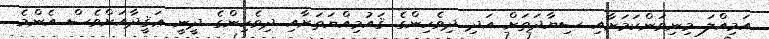
އަމިއްލަ މިނިވަންކަމަށާއި ސިޔާދަތަށް އަދި ދިވެހިންގެ ޤައުމިއްޔަތަށާއި ދިވެހިންގެ ދީނީ ޢަޤީދާއަށްވެސް އެންމެ